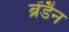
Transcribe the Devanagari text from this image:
ब्रेंडैन